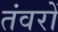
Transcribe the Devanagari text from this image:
तंवरों